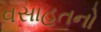
વસાહતનો